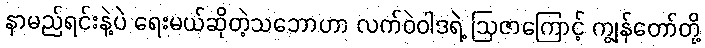
နာမည်ရင်းနဲ့ပဲ ရေးမယ်ဆိုတဲ့သဘောဟာ လက်ဝဲဝါဒရဲ့ ဩဇာကြောင့် ကျွန်တော်တို့